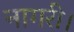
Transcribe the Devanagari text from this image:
नागरी।